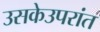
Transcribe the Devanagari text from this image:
उसकेउपरांत